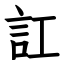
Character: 訌